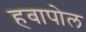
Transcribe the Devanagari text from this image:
हवापोल